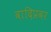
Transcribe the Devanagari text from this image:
वादिप्रवर